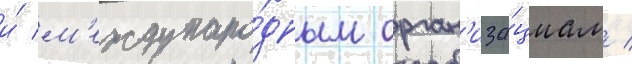
и́ м'еждунаро́дным орган'иза́циам /